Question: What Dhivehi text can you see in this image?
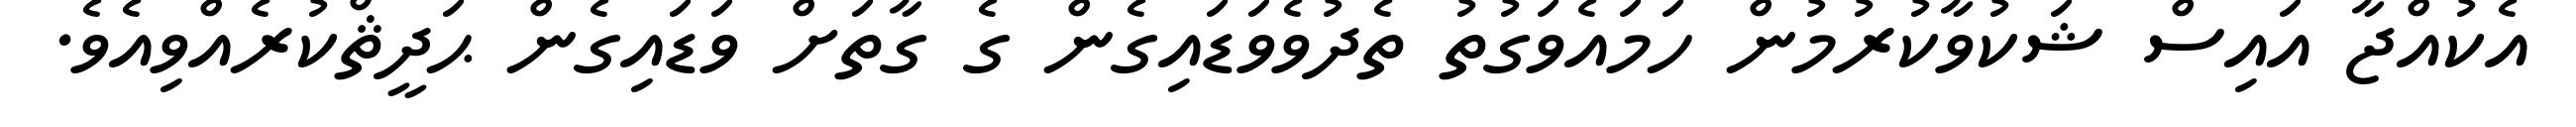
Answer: އެކުއްޖާ އައިސް ޝަކުވާކުރުމުން ހަމައެވަގުތު ތެދުވެވަޑައިގެން ގެ ގާތަށް ވަޑައިގެން ޙަދީޘްކުރެއްވިއެވެ.